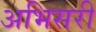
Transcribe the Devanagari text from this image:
अभिसरी